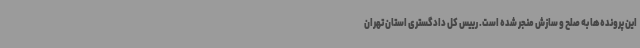
این پرونده‌ها به صلح و سازش منجر شده است. رییس کل دادگستری استان تهران